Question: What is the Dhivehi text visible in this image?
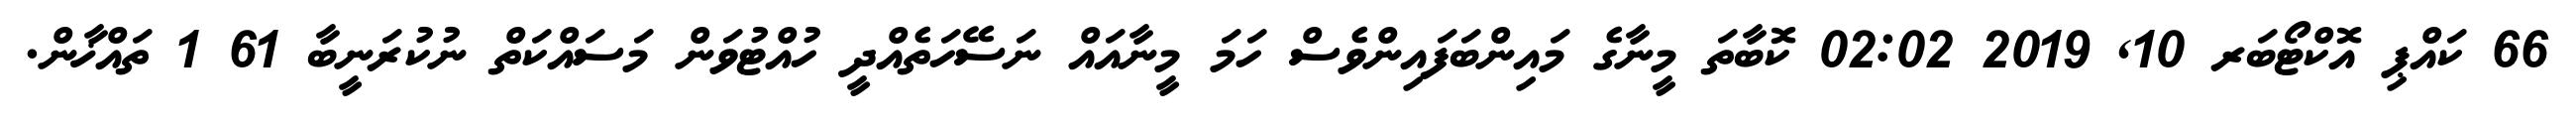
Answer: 66 ކައްޕި އޮކްޓޯބަރ 10, 2019 02:02 ކޮބާތަ މީނާގެ މައިންބަފައިންވެސް ހަމަ މީނާއައް ނަސޭހަތެއްދީ ހުއްޓުވަން މަސައްކަތް ނުކުރަނީބާ 61 1 ތައްޚާން.